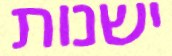
ישנות